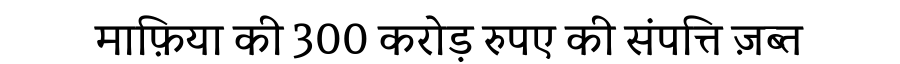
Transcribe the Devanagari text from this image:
माफ़िया की 300 करोड़ रुपए की संपत्ति ज़ब्त